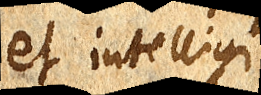
et intelligi